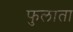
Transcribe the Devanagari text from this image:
फुलाता